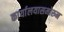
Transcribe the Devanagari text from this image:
कार्यालयासमोरुन